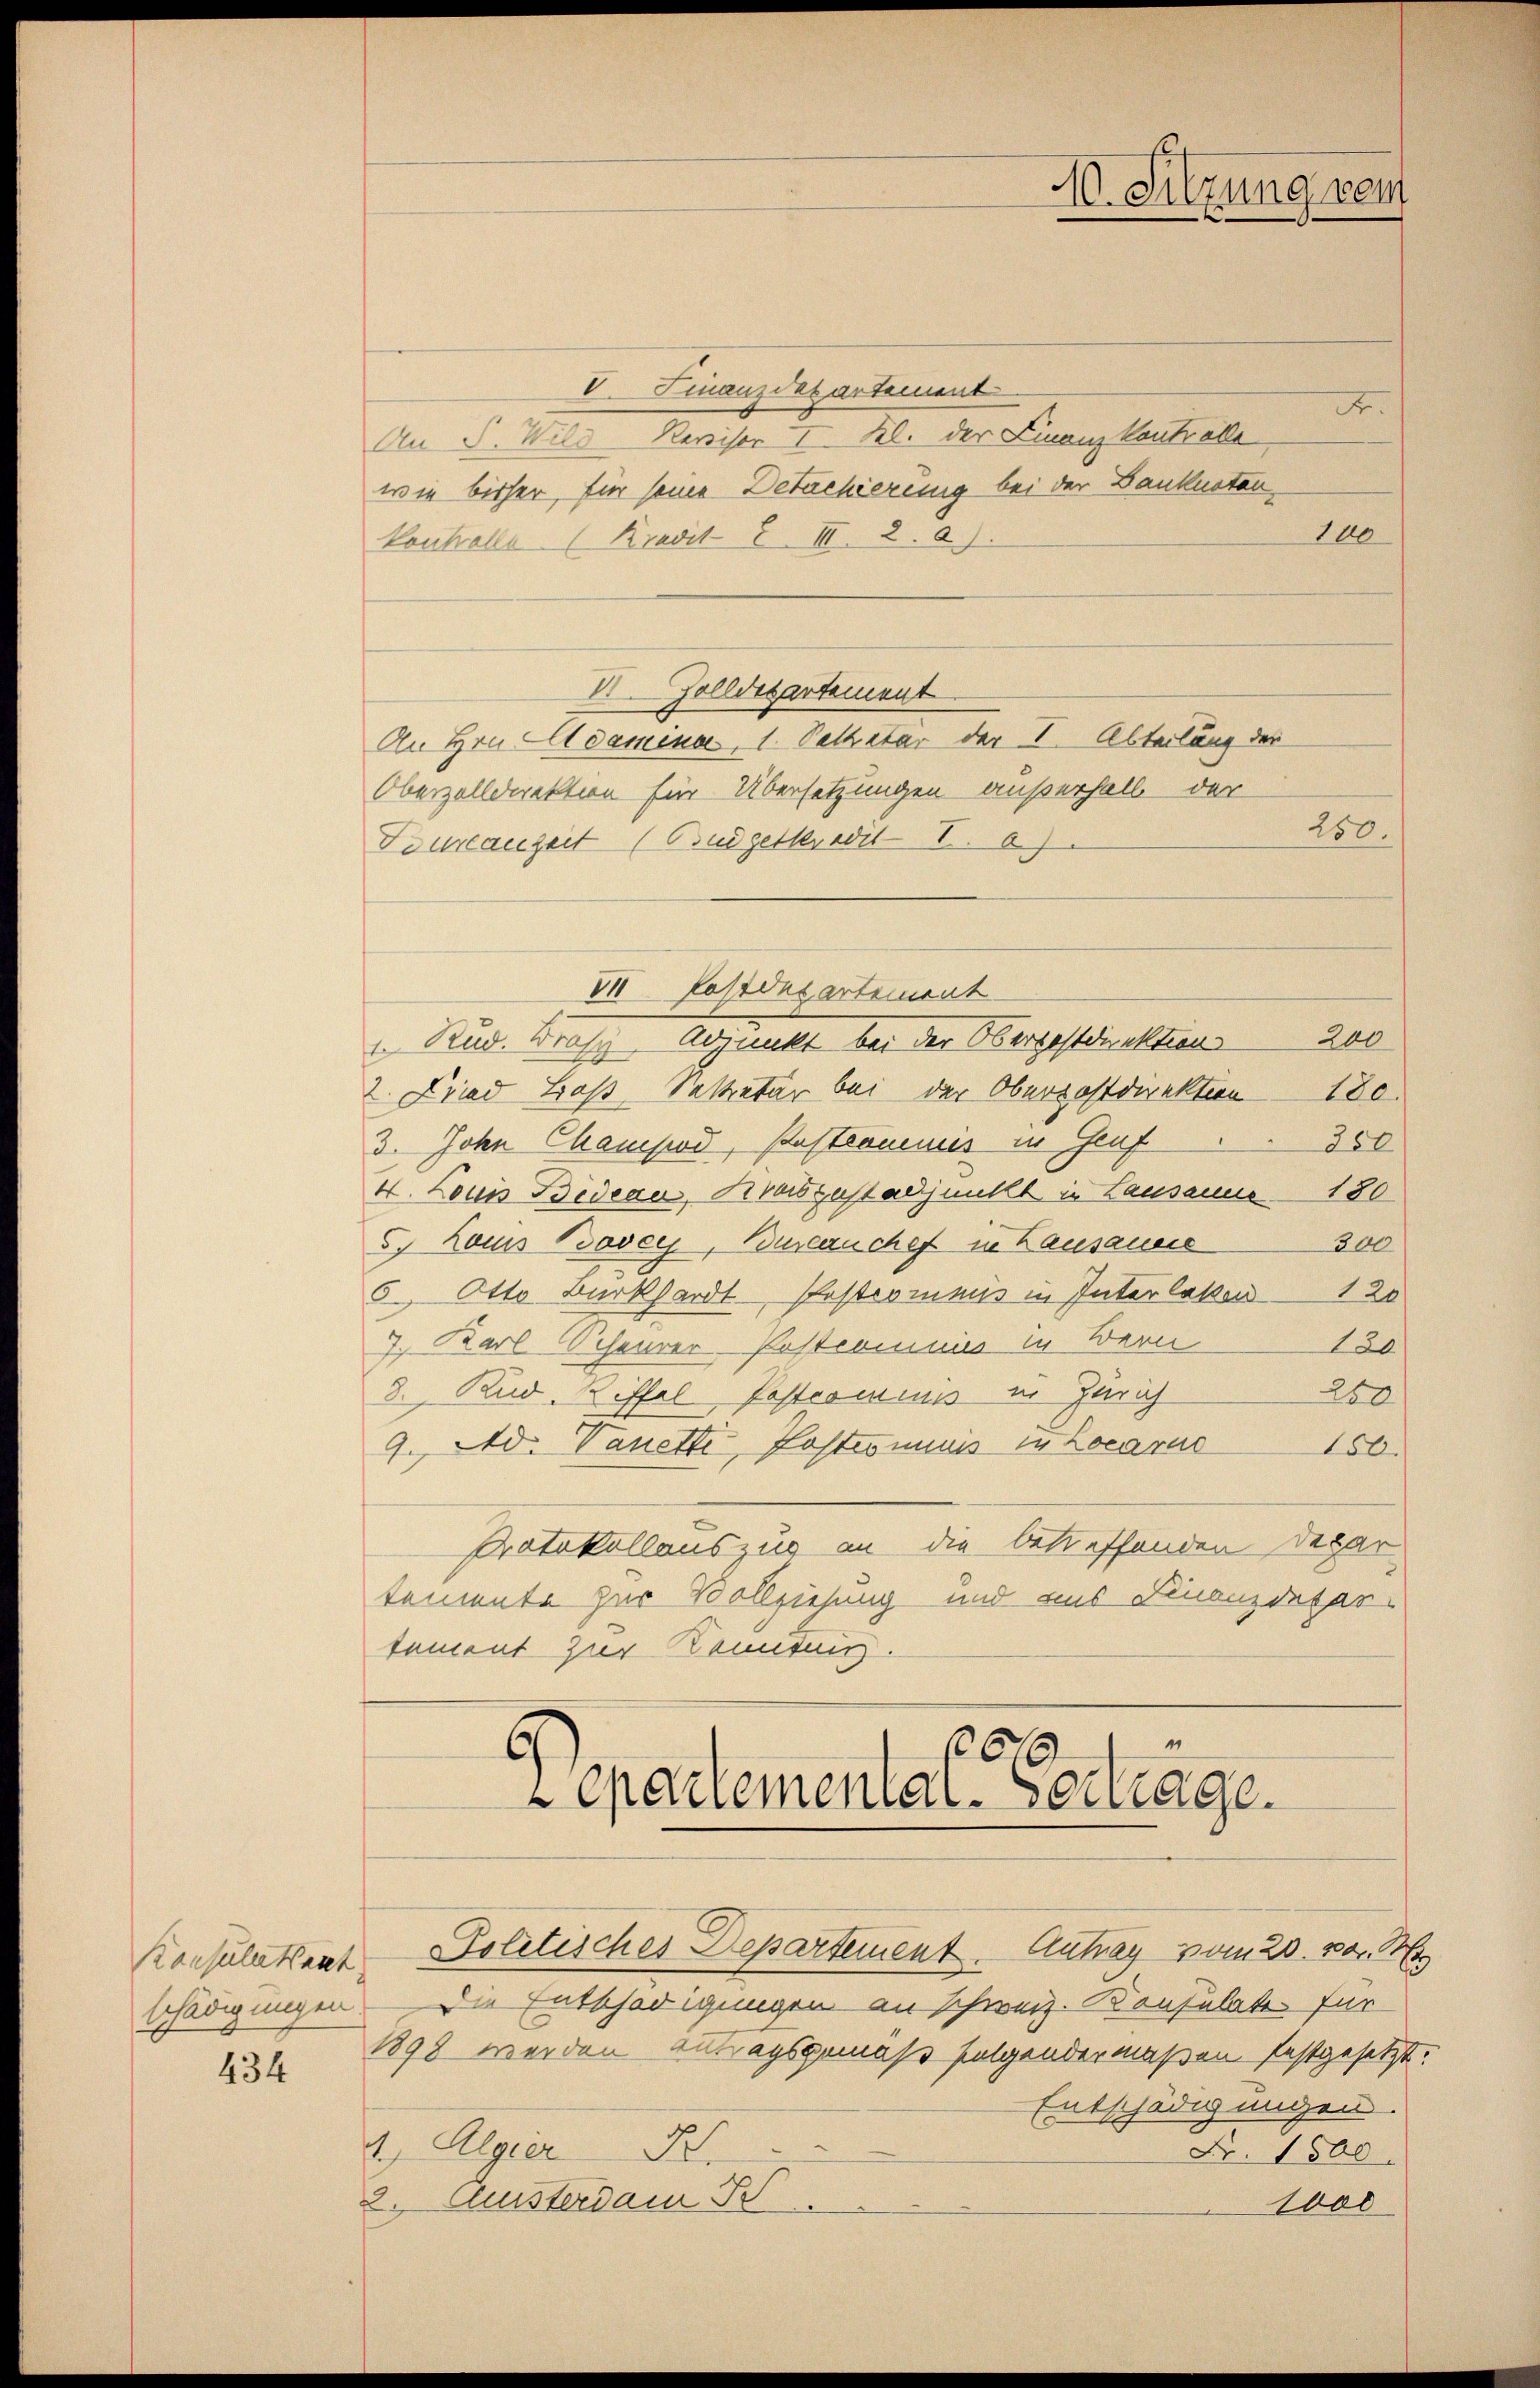
schädigungen

434

V. Finanzdepartement
A.
An S. Wild-Revisor I. Kl. der Finanz Kontrolle
wie bisher, für seine Detachierung bei der Banknotan
100
kontrolle (Kredit 8. III. 2. A.).
II. Zolldepartement
An Hrn. Adamina, 1. Settetär der I. Abteilung der
Oberzolldirektion für Übersetzungen außerhalb der
250.
Fouranzeit (Budgetkredit I. 6)
200
". Rud. Grafe abgienkt bei der Obergesterrektion
2. Fried Laß Sekretär bei der Oberpostdirektion 180.
3. John Champod, Pastromnis in Genf
288
4. Louis Bideau, Kreisgast adjunkt in Lausanne 180
5. Louis Bover, Bureauchef in Lausanne
300
5 Otto Burkhardt Postcommis in Interlaken 120
7. Karl Scheurer-Postcommis in Bern
180
280
8. Rud. Riffel Postrominis in Zürich
9. Ad. Vanette, Postrominis in Locarno 156.
Protokollauszug an die betreffenden Depar
temente zur Vollziehung und aus Finanzdepartement zur Kenntnis.

1
201
Cpariemental-Vortrage.
Konsulatsent. Politisches Departement. Antrag vom 20. 283. 144

VI Pastonsartement

10. Sitzung vom

die Entschädigungen an schweiz. Konsulate für
1898 werden Antragsgemäß folgendermaßen festgesetzt.
Entschädigungen.
4.) Algier K.
Nr. 1500.
2. Quisterdam Fr
1000